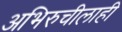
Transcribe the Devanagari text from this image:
अभिरुचीलाही